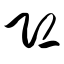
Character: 恐